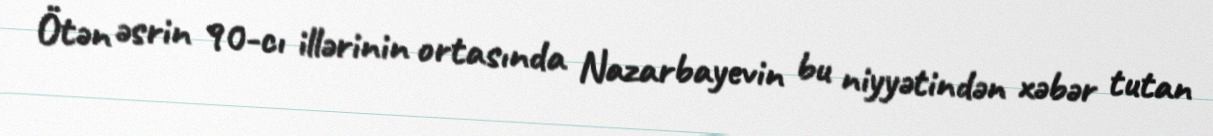
Ötən əsrin 90-cı illərinin ortasında Nazarbayevin bu niyyətindən xəbər tutan